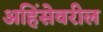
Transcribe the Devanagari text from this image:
अहिंसेवरील